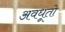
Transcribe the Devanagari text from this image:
अवधूतो